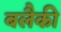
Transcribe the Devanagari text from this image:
बलैकी